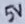
Text: 5V